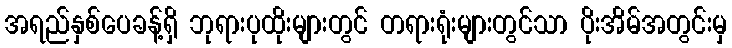
အရည်နှစ်ပေခန့်ရှိ ဘုရားပုထိုးများတွင် တရားရုံးများတွင်သာ ပိုးအိမ်အတွင်းမှ